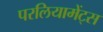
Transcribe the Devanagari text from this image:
परलियामेंट्स